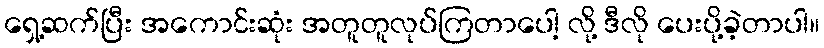
ရှေ့ဆက်ပြီး အကောင်းဆုံး အတူတူလုပ်ကြတာပေါ့ လို့ ဒီလို ပေးပို့ခဲ့တာပါ။